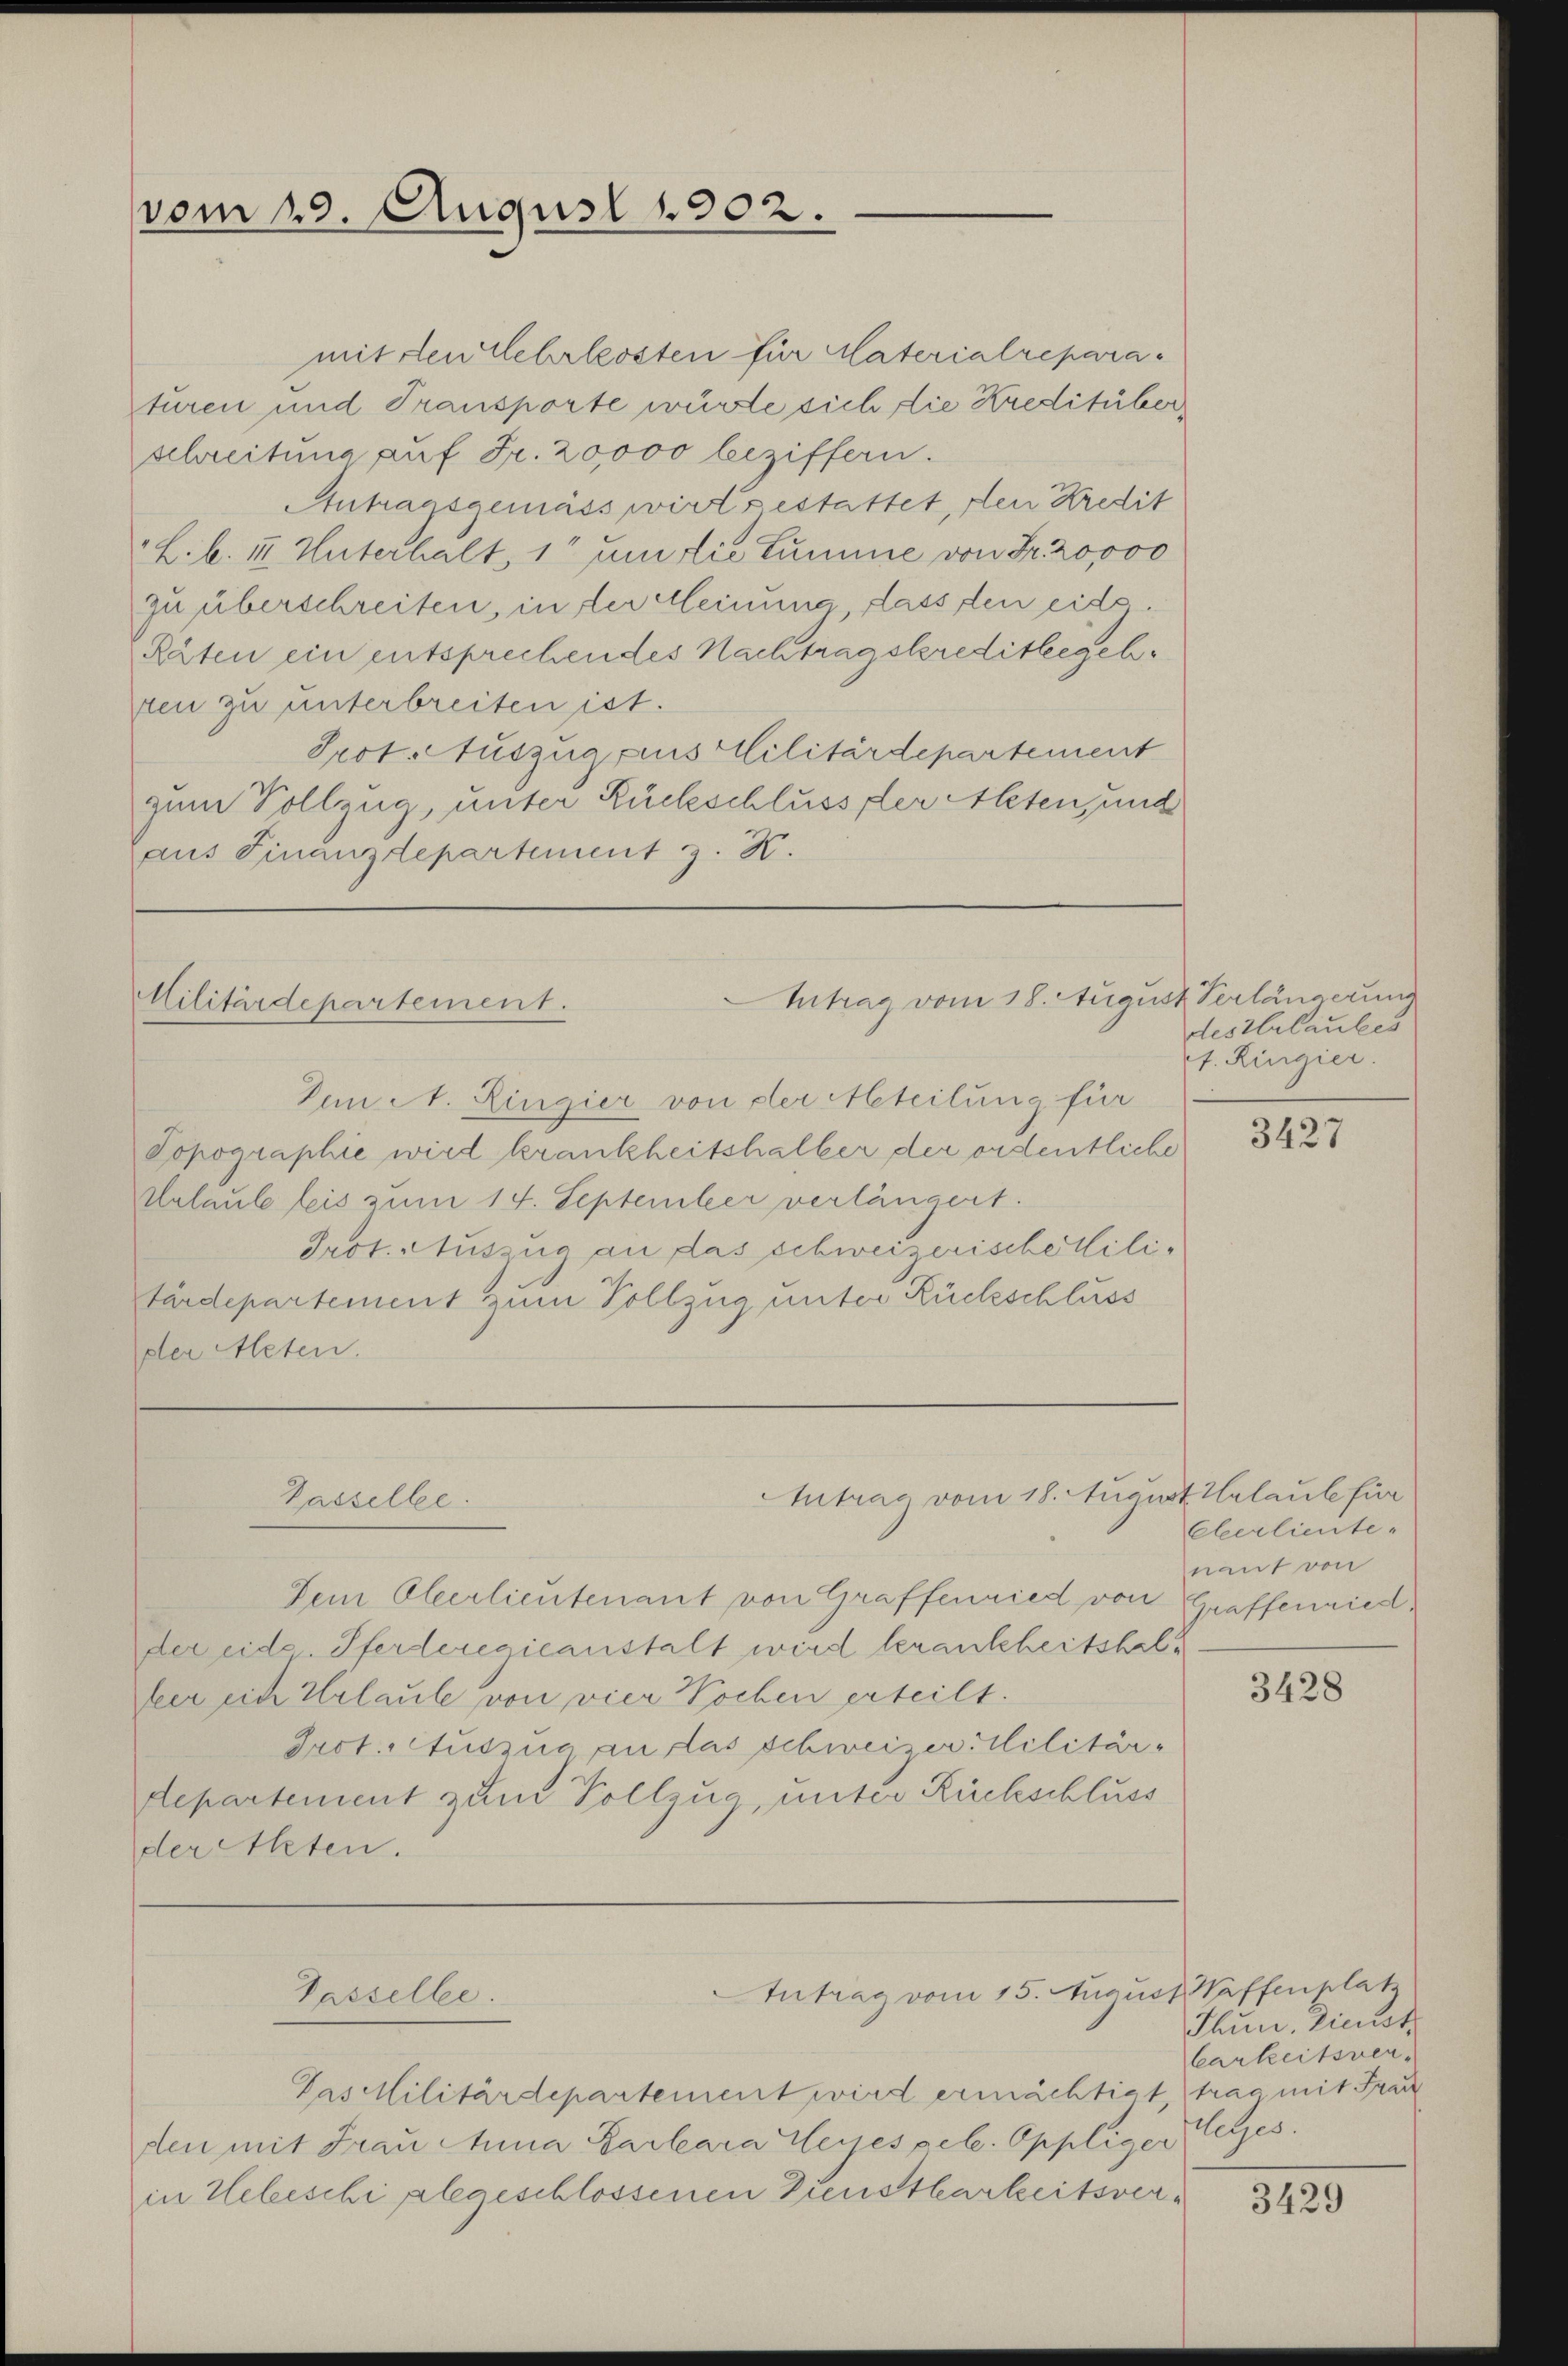
vom 19. August 1902.

Intrag vom 18. August Verlängerung
Militärdepartement.

Dein A. Ringier von der Meteilung für
Topographie wird krankheitshalber der ordentliche
Urlaube leis zum 14. September verlängert.
Prot. Auszug an das schweizerischellilitärdepartement zum Vollzug unter Rückschluss
dler Meten.

Intrag vom 18. August Halaule für
Passelle.

Passelbe.

mit den Lehrlosten für Materialreparaturen und Transporte würde sich die Kreditüber
schreitung auf Fr. 20000 beziffern.
Antragsgemäss wirts estattet, den Kredit
L. b. III. Unterhalt, 10 um die Summe von Fr. 20,000
zu überschreiten, in der Meinung, dass den eide¬
Räten ein entsprechendes Nachtragskreditbegehzen zu unterbreiten ist.
Prot. Auszug aus Militärdepartement
zum Vollzug, unter Rückschluss der Alten, und
aus Finanzdepartement z. K.

Intrag vom 15. August Waffenplatz

Dem Oberlieutenant von Graffenried von Graffenriedder eid. Pferderegieanstalt wird krankheitshalfeer sich Urlaube von vier Wochen erteilt.
Prot. Auszug an das schweizer-Militär-
departement zum Vollzug, unter Rückschluss
der Akten.

Das Militärdepartement wird ermächtigt trac mit Frau
den mit Frau Anna Parlara Weges pel. Oppliger
in Uebeschi abgeschlossenen Dienstbarkeitsver¬

des Urlaubes
f. Ringier.

3427

Eberlieute.
nant von

3428

Thun, dienst
Carheitsverluses.

3429